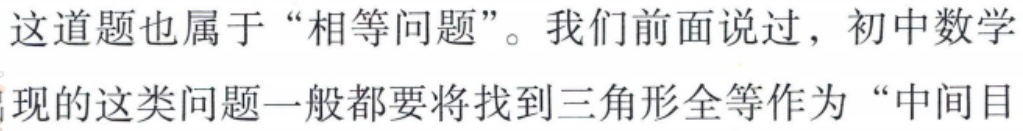
这道题也属于“相等问题”。我们前面说过，初中数学
现的这类问题一般都要将找到三角形全等作为“中间目